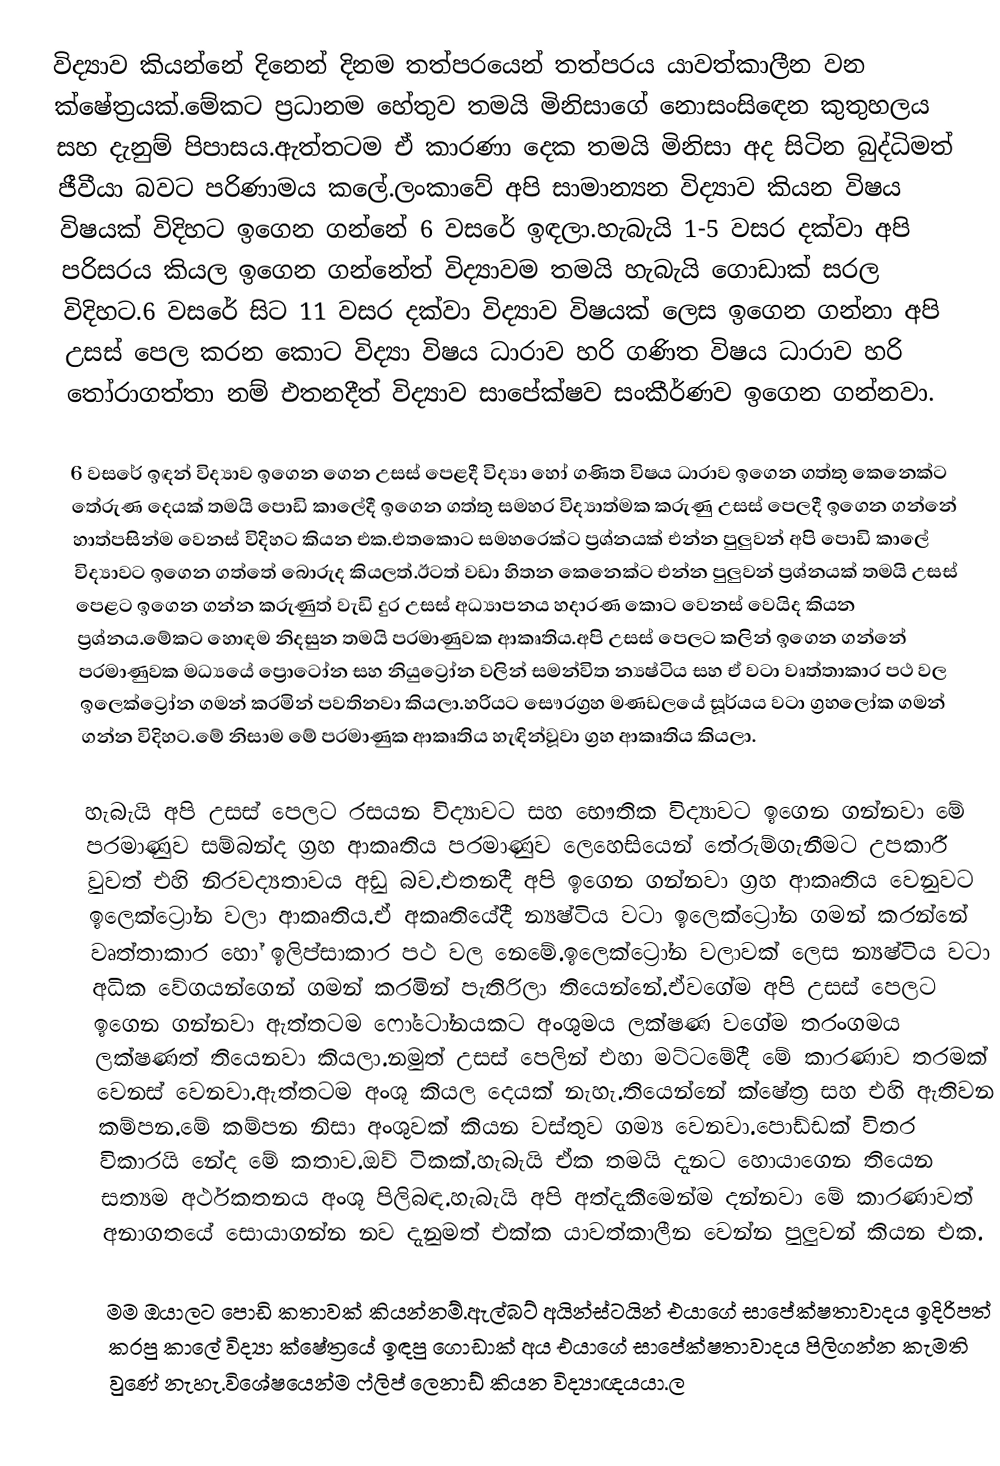
විද්‍යාව කියන්නේ දිනෙන් දිනම තත්පරයෙන් තත්පරය යාවත්කාලීන වන ක්ෂේත්‍රයක්.මේකට ප්‍රධානම හේතුව තමයි මිනිසාගේ නොසංසිඳෙන කුතුහලය සහ දැනුම් පිපාසය.ඇත්තටම ඒ කාරණා දෙක තමයි මිනිසා අද සිටින බුද්ධිමත් ජීවීයා බවට පරිණාමය කලේ.ලංකාවේ අපි සාමාන්‍යන විද්‍යාව කියන විෂය විෂයක් විදිහට ඉගෙන ගන්නේ 6 වසරේ ඉඳලා.හැබැයි 1-5 වසර දක්වා අපි පරිසරය කියල ඉගෙන ගන්නේත් විද්‍යාවම තමයි හැබැයි ගොඩාක් සරල විදිහට.6 වසරේ සිට 11 වසර දක්වා විද්‍යාව විෂයක් ලෙස ඉගෙන ගන්නා අපි උසස් පෙල කරන කොට විද්‍යා විෂය ධාරාව හරි ගණිත විෂය ධාරාව හරි තෝරාගත්තා නම් එතනදීත් විද්‍යාව සාපේක්ෂව සංකීර්ණව ඉගෙන ගන්නවා.

6 වසරේ ඉඳන් විද්‍යාව ඉගෙන ගෙන උසස් පෙළදී විද්‍යා හෝ ගණිත විෂය ධාරාව ඉගෙන ගත්තු කෙනෙක්ට තේරුණ දෙයක් තමයි පොඩි කාලේදී ඉගෙන ගත්තු සමහර විද්‍යාත්මක කරුණු උසස් පෙලදී ඉගෙන ගන්නේ හාත්පසින්ම වෙනස් විදිහට කියන එක.එතකොට සමහරෙක්ට ප්‍රශ්නයක් එන්න පුලුවන් අපි පොඩි කාලේ විද්‍යාවට ඉගෙන ගත්තේ බොරුද කියලත්.ඊටත් වඩා හිතන කෙනෙක්ට එන්න පුලුවන් ප්‍රශ්නයක් තමයි උසස් පෙළට ඉගෙන ගන්න කරුණුත් වැඩි දුර උසස් අධ්‍යාපනය හදාරණ කොට වෙනස් වෙයිද කියන ප්‍රශ්නය.මේකට හොඳම නිදසුන තමයි පරමාණුවක ආකෘතිය.අපි උසස් පෙලට කලින් ඉගෙන ගන්නේ පරමාණුවක මධ්‍යයේ ප්‍රොටෝන සහ නියුට්‍රෝන වලින් සමන්විත න්‍යෂ්ටිය සහ ඒ වටා වෘත්තාකාර පථ වල ඉලෙක්ට්‍රෝන ගමන් කරමින් පවතිනවා කියලා.හරියට සෞරග්‍රහ මණඩලයේ සූර්යය වටා ග්‍රහලෝක ගමන් ගන්න විදිහට.මේ නිසාම මේ පරමාණුක ආකෘතිය හැඳින්වූවා ග්‍රහ ආකෘතිය කියලා.

හැබැයි අපි උසස් පෙලට රසයන විද්‍යාවට සහ භෞතික විද්‍යාවට ඉගෙන ගන්නවා මේ පරමාණුව සම්බන්ද ග්‍රහ ආකෘතිය පරමාණුව ලෙහෙසියෙන් තේරුම්ගැනීමට උපකාරී වුවත් එහි නිරවද්‍යතාවය අඩු බව.එතනදී අපි ඉගෙන ගන්නවා ග්‍රහ ආකෘතිය වෙනුවට ඉලෙක්ට්‍රෝන වලා ආකෘතිය.ඒ අකෘතියේදී න්‍යෂ්ටිය වටා ඉලෙක්ට්‍රෝන ගමන් කරන්නේ වෘත්තාකාර හෝ ඉලිප්සාකාර පථ වල නෙමේ.ඉලෙක්ට්‍රෝන වලාවක් ලෙස න්‍යෂ්ටිය වටා අධික වේගයන්ගෙන් ගමන් කරමින් පැතිරිලා තියෙන්නේ.ඒවගේම අපි උසස් පෙලට ඉගෙන ගන්නවා ඇත්තටම ෆෝටෝනයකට අංශුමය ලක්ෂණ වගේම තරංගමය ලක්ෂණත් තියෙනවා කියලා.නමුත් උසස් පෙලින් එහා මට්ටමේදී මේ කාරණාව තරමක් වෙනස් වෙනවා.ඇත්තටම අංශූ කියල දෙයක් නැහැ.තියෙන්නේ ක්ෂේත්‍ර සහ එහි ඇතිවන කම්පන.මේ කම්පන නිසා අංශුවක් කියන වස්තුව ගම්‍ය වෙනවා.පොඩ්ඩක් විතර විකාරයි නේද මේ කතාව.ඔව් ටිකක්.හැබැයි ඒක තමයි දැනට හොයාගෙන තියෙන සත්‍යම අර්ථකතනය අංශූ පිලිබඳ.හැබැයි අපි අත්දැකීමෙන්ම දන්නවා මේ කාරණාවත් අනාගතයේ සොයාගන්න නව දැනුමත් එක්ක යාවත්කාලීන වෙන්න පුලුවන් කියන එක.

මම ඔයාලට පොඩි කතාවක් කියන්නම්.ඇල්බට් අයින්ස්ටයින් එයාගේ සාපේක්ෂතාවාදය ඉදිරිපත් කරපු කාලේ විද්‍යා ක්ෂේත්‍රයේ ඉඳපු ගොඩාක් අය එයාගේ සාපේක්ෂතාවාදය පිලිගන්න කැමති වුණේ නැහැ.විශේෂයෙන්ම ෆ්ලිප් ලෙනාඩ් කියන විද්‍යාඥයයා.ල